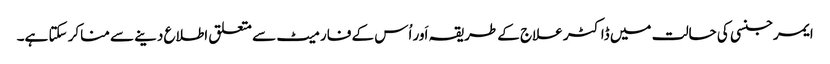
ایمرجنسی کی حالت میں ڈاکٹر علاج کے طریقہ اَور اُس کے فارمیٹ سے متعلق اطلاع دینے سے مناکر سکتا ہے۔